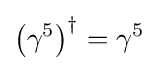
\left(\gamma ^{5}\right)^{\dagger }=\gamma ^{5}